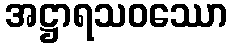
အဋ္ဌာရသဝဿော